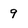
Character: 9